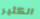
الكثير